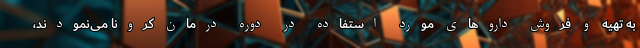
به تهیه و فروش داروهای مورد استفاده در دوره درمان کرونا می‌نمودند،